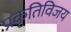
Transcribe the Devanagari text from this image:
प्रकृतिविजय